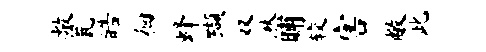
敞瓮皓徊蜂缬双湫晡较害敝此